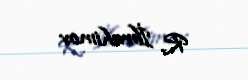
R. İbrahimov